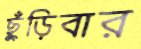
ছুঁড়িবার